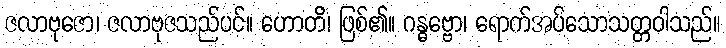
ဇလာဗုဇော၊ ဇလာဗုဇသည်ပင်။ ဟောတိ၊ ဖြစ်၏။ ဂန္ဓဗ္ဗော၊ ရောက်အပ်သောသတ္တဝါသည်။